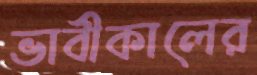
ভাবীকালের